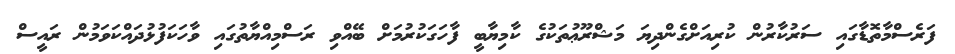
ފަރެސްމާތޮޑާގައި ސަރުކާރުން ކުރިއަށްގެންދިޔަ މަޝްރޫޢުތަކުގެ ކާމިޔާބީ ފާހަގަކުރުމަށް ބޭއްވި ރަސްމިއްޔާތުގައި ވާހަކަފުޅުދައްކަވަމުން ރައީސް